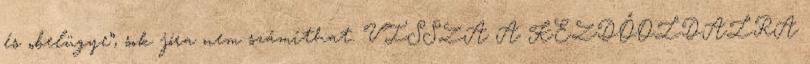
és „belügye”, sok jóra nem számíthat. VISSZA A KEZDŐOLDALRA